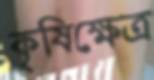
কৃষিক্ষেত্র